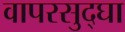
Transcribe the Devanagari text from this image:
वापरसुद्घा